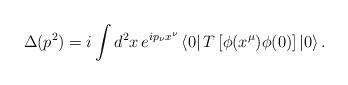
LaTeX: \begin{align*}\Delta(p^{2})=i\int d^{2}x\,e^{ip_{\nu}x^{\nu}}\left\langle 0\right| T\left[\phi(x^{\mu})\phi(0)\right] \left| 0\right\rangle .\end{align*}